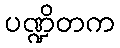
ပဏ္ဍိတက